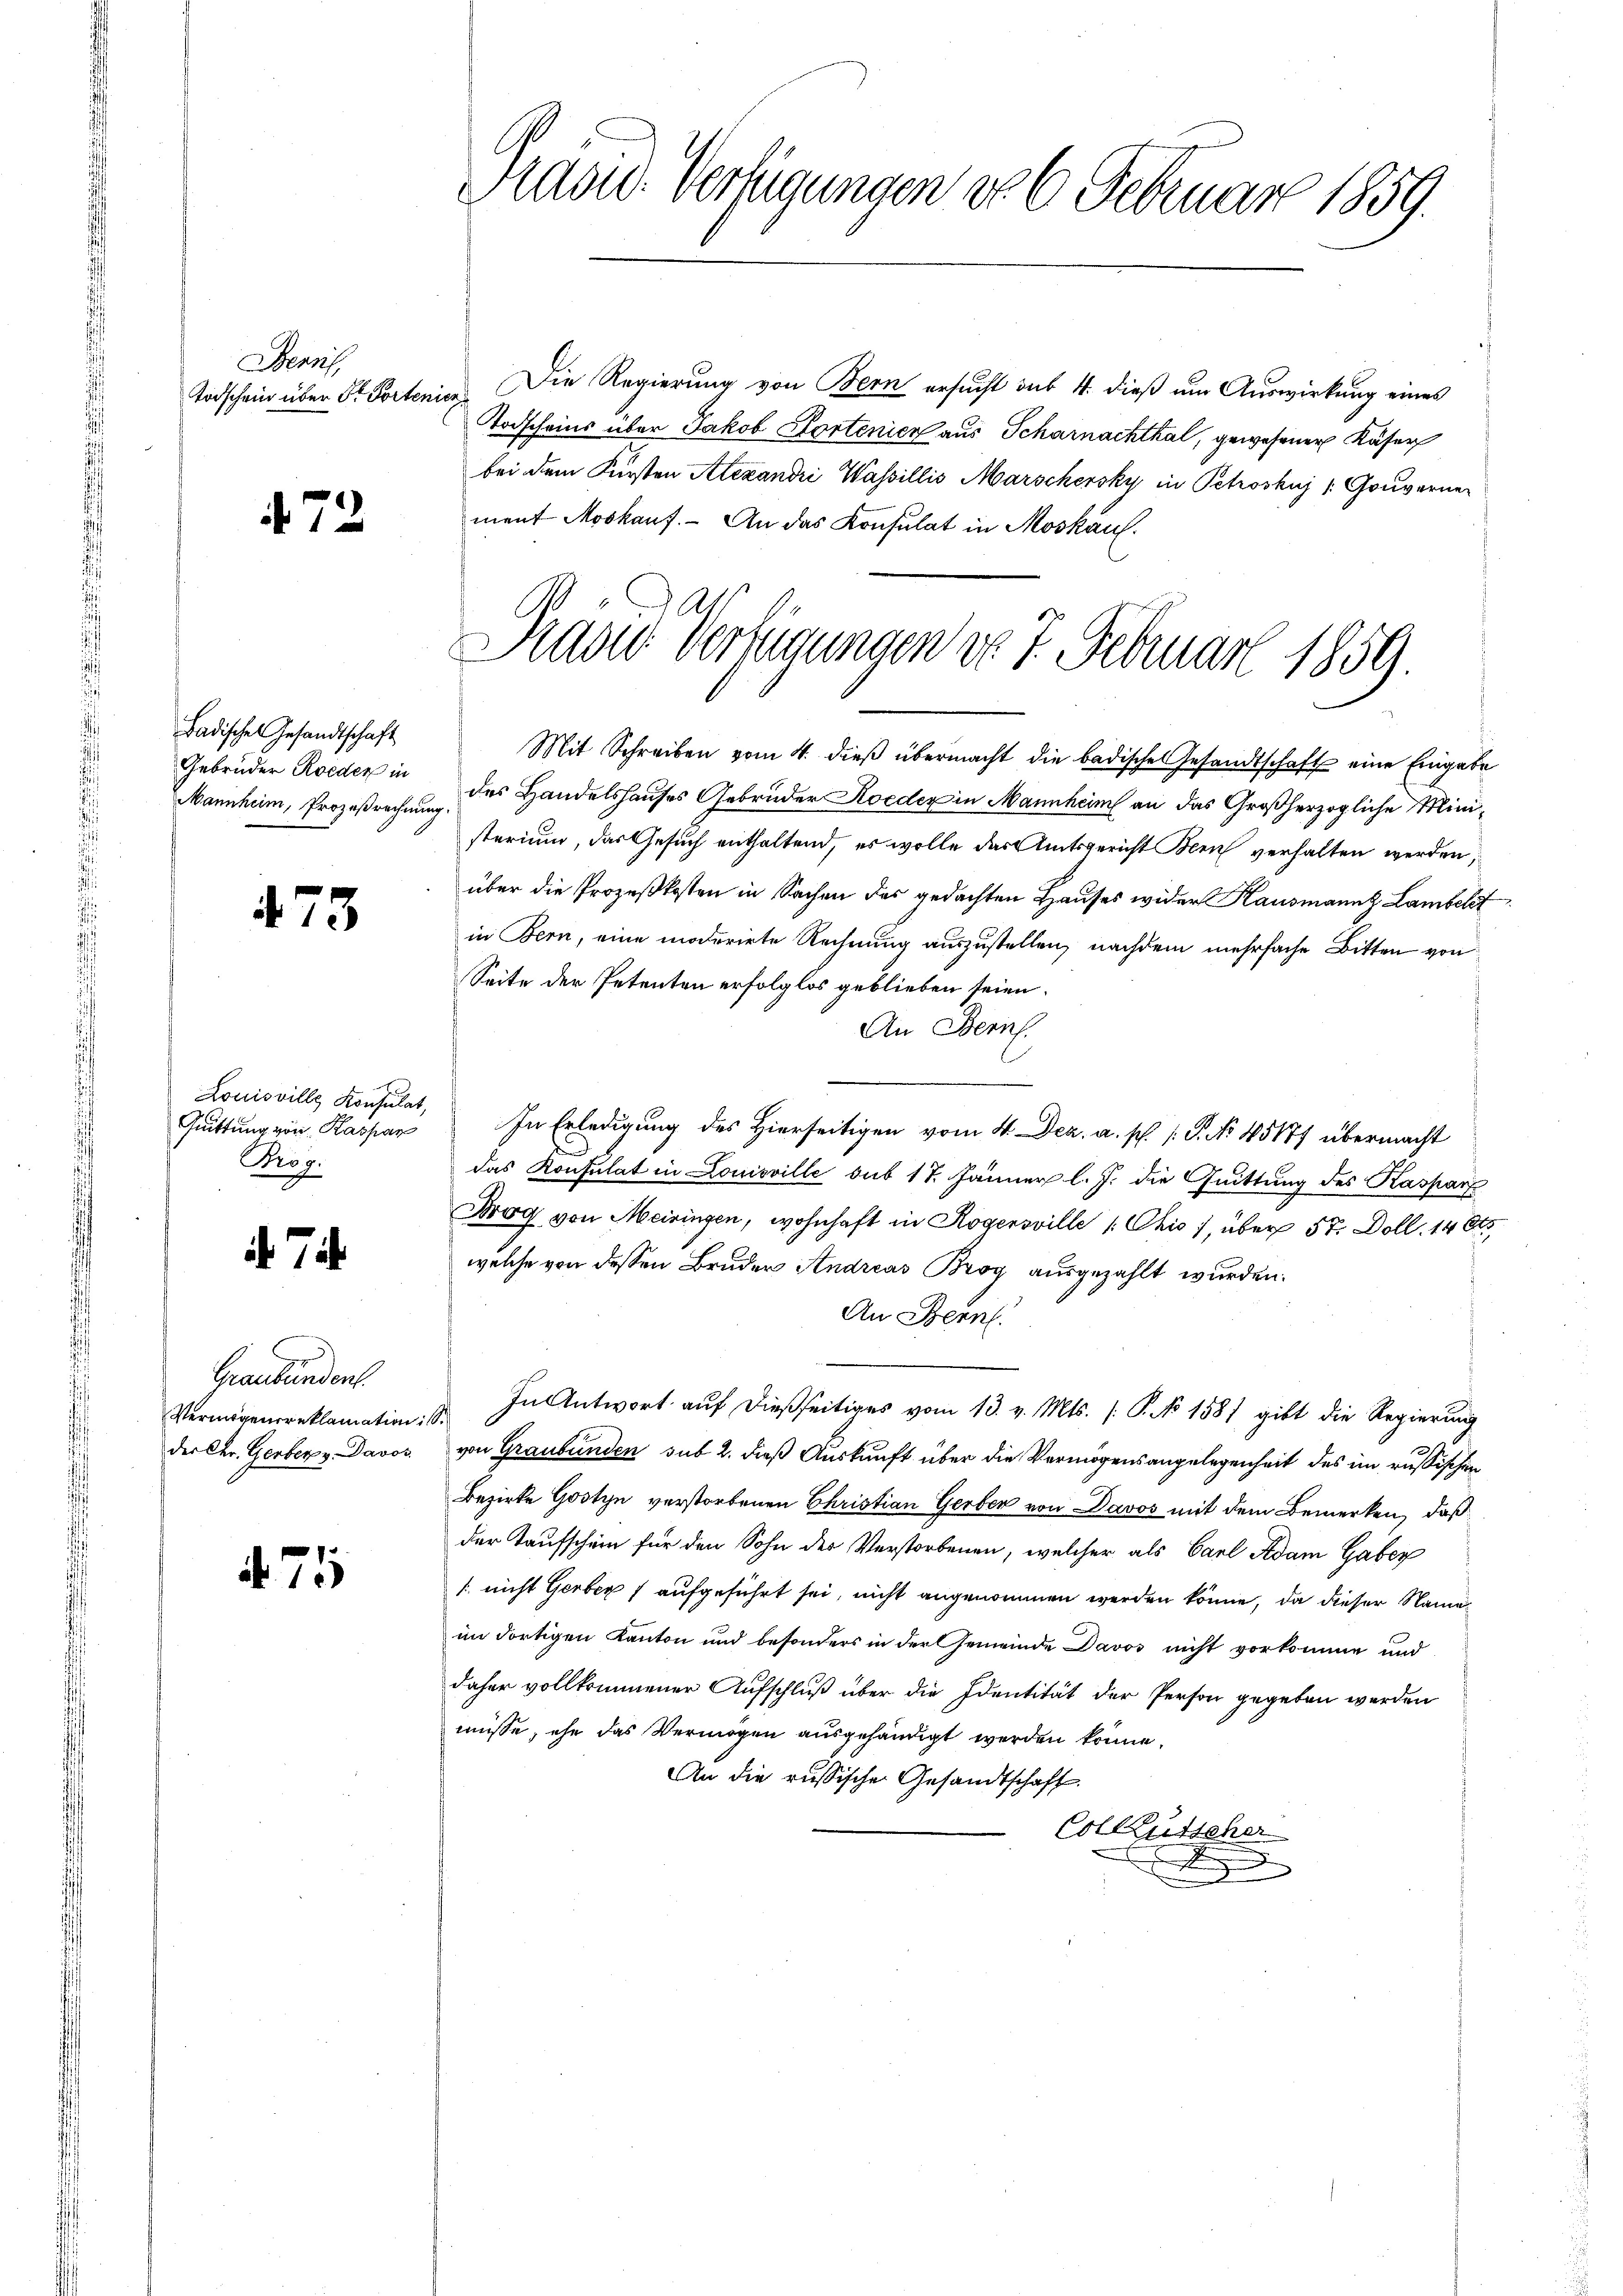
Denn,
Todschein über St. Porten

472

Badisches Gesandtschaft
Gebrüder Reden in
Mannheim, Prozeßrechnun

473

Louisville Konsulat,
Quittung von Kaspar
Prog

d. 7.

Graubünden
Vermögensreklamation
der Chr. Gerberg. Davos

4. 75

Präsid. Verfügungen do 6. Februar 1859.

Die Regierung von Bern ersucht sub 4. dieß um Auswirkung eines
ig
Todscheins über Jakob Hortenien aus Scharnachthal, gewesener Käser
bei dem Fürsten Alexandri Wassillis Marschersky in Pehoshuj /: Gouverner
ment Moskauf. - An das Konsulat in Moskauf¬
Mit Schreiben vom 4. dieβ übermacht die badische Gesandtschaft eine Eingabe
des Handelshauses Gebrüder Koeder in Mannheim an das Großherzogliche Ministerium, das Gesuch enthaltend, es wolle das Amtsgericht Bern verhalten werden;
über die Prozeßkosten in Sachen des gedachten Hauses wider Kausmannt Lambeht
in Bern, eine moderirte Rechnung auszustellen, nachdem mehrfache Bitten von
Seite der Petenten erfolglos geblieben seien.
An Bern.
In Erledigung des Hierseitigen vom 4. Dez. a. p. /: P. No 45177 übermacht
das Konsulat in Louisville sub 17. Jänner l. J. die Quittung des Kaspar
Drog von Meiringen, wohnhaft in Rogensville (Chis 7, über 57. Doll. 146.
welche von dessen Bruder Andreas Brog ausgezahlt wurden.
An Bern.
In Antwort auf dießseitiges vom 13. v. Mts. (: P. No 1581 gibt die Regierung
.
von Graubünden sub 2. dieß Auskunft über die Vermögensangelegenheit des im russischen
Bezirke Gostyn verstorbenen Christian Gerber von Davos mit dem Bemerken, daß
der Taufschein für den Sohn der Verstorbenen, welcher als Carl Adam Gaber
/ nicht Gerber 1 aufgeführt sei, nicht angenommen werden könne, da dieser Name
im dortigen Kanton und besonders in der Gemeinde Davos nicht vorkomme und
daher vollkommener Aufschluß über die Identität der Person gegeben werden
müsse, ihn das Vermögen ausgehändigt werden könne,
An die russische Gesandtschaft.
Colkutscher
A

Stand Verfügungen do 7. Februar 1859.